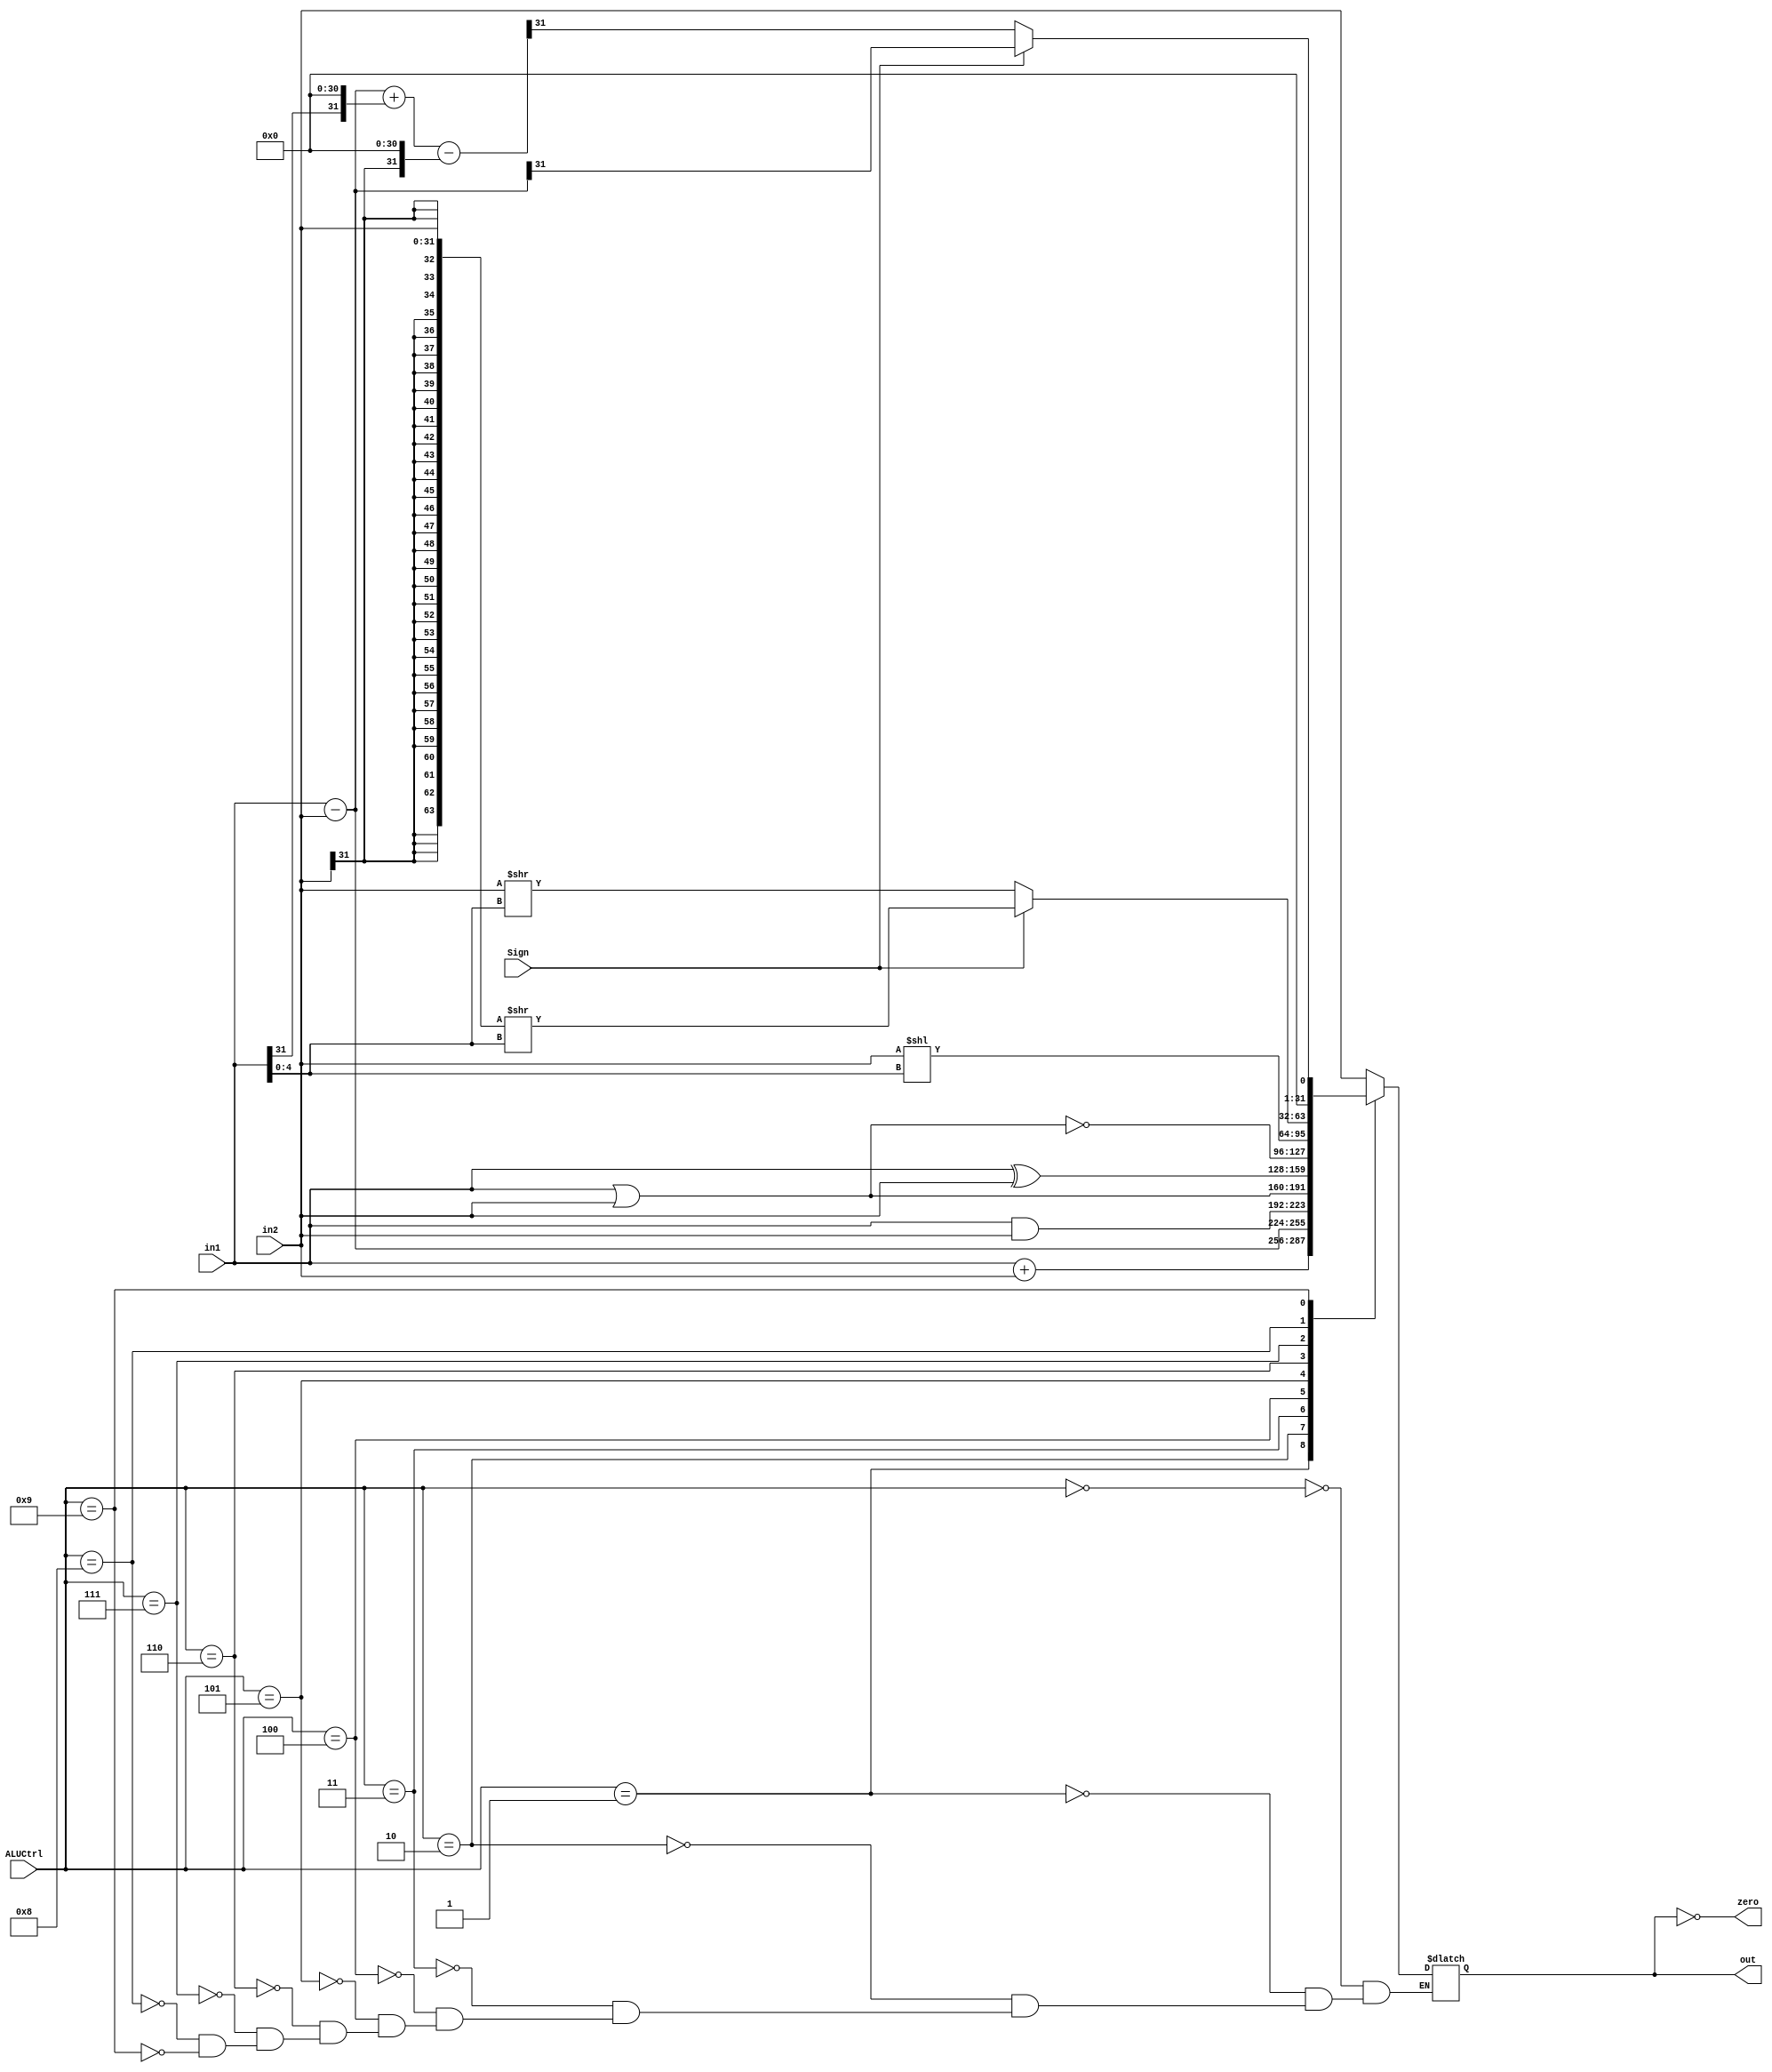
module ALU(in1, in2, ALUCtrl, Sign, out, zero);
	input [31:0] in1, in2;
	input [4:0] ALUCtrl;
	input Sign;
	output reg [31:0] out;
	output zero;
	
	// Your code below

	parameter NOP=5'h0;
	parameter ADD=5'h1;
	parameter SUB=5'h2;
	parameter AND=5'h3;
	parameter OR=5'h4;
	parameter XOR=5'h5;
	parameter NOR=5'h6;
	parameter SL=5'h7;
	parameter SR=5'h8;
	parameter SLT=5'h9;
	
	assign zero=out==0;
	always@(ALUCtrl,Sign,in1,in2)begin
		case(ALUCtrl)
			NOP:begin
				out<=in2;
			end
			ADD:begin
				out<=in1+in2;
			end
			SUB:begin
				out<=in1-in2;
			end
			AND:begin
				out<=in1&in2;
			end
			OR:begin
				out<=in1|in2;
			end
			XOR:begin
				out<=in1^in2;
			end
			NOR:begin
				out<=~(in1|in2);
			end
			SL:begin
				out<=in2<<in1[4:0];
			end
			SR:begin
				if(Sign==1)begin
					out<={{32{in2[31]}},in2}>>in1[4:0];
				end
				else begin
					out<=in2>>in1[4:0];
				end
			end
			SLT:begin
				if(Sign==1)begin
					out<=(in1-in2)>>31;
				end
				else begin
					out<=(in1-in2+{{in1[31]},{31{1'b0}}}-{{in2[31]},{31{1'b0}}})>>31;
				end
			end
			default:;
		endcase
	end
	     
	// Your code above
	
endmodule